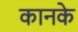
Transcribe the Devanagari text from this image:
कानके